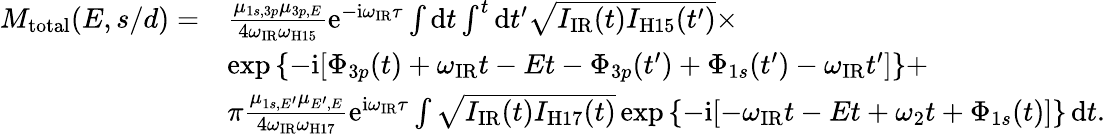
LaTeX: \begin{array}{rl}{M_{\mathrm{{total}}}(E,s/d)=}&{\frac{\mu_{1s,3p}\mu_{3p,E}}{4\omega_{\mathrm{IR}}\omega_{\mathrm{H15}}}\mathrm e^{-\mathrm i\omega_{\mathrm{IR}}\tau}\int\mathrm dt\int^{t}\mathrm dt^{\prime}\sqrt{I_{\mathrm{IR}}(t)I_{\mathrm{H15}}(t^{\prime})}\times}\\ &{\exp\left\{ -\mathrm i[\Phi_{3p}(t)+\omega_{\mathrm{IR}}t-Et-\Phi_{3p}(t^{\prime})+\Phi_{1s}(t^{\prime})-\omega_{\mathrm{IR}}t^{\prime}]\right\} +}\\ &{\pi\frac{\mu_{1s,E^{\prime}}\mu_{E^{\prime},E}}{4\omega_{\mathrm{IR}}\omega_{\mathrm{H17}}}\mathrm e^{\mathrm i\omega_{\mathrm{IR}}\tau}\int\sqrt{I_{\mathrm{IR}}(t)I_{\mathrm{H17}}(t)}\exp\left\{ -\mathrm i[-\omega_{\mathrm{IR}}t-Et+\omega_{2}t+\Phi_{1s}(t)]\right\} \, \mathrm dt.}\end{array}